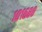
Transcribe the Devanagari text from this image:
१०१६८८